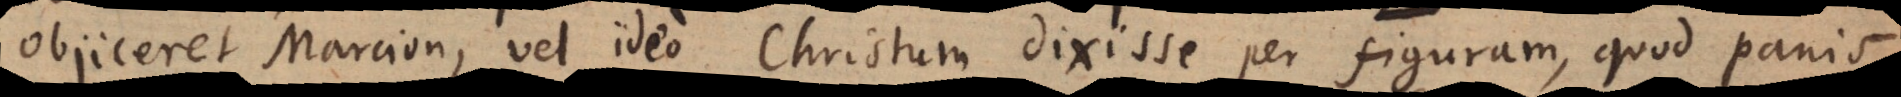
objiceret Marcion, vel ideo Christum dixisse per figuram, quod panis